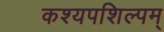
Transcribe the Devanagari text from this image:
कश्यपशिल्पम्